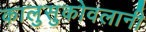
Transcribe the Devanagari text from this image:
कालुसुकोवलानी